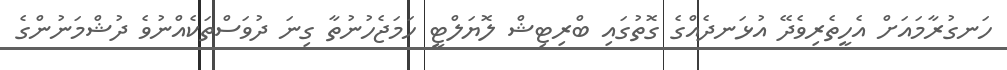
ހަނގުރާމައަށް އެހީތެރިވެދޭ އުޅަނދެއްގެ ގޮތުގައި ބްރިޓިޝް ލޮޔަލްޓީ ހަމަޖެހުނުތާ ގިނަ ދުވަސްތަކެއްނުވެ ދުޝްމަނުންގެ